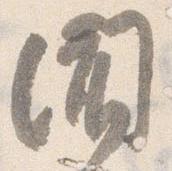
聞